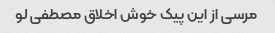
مرسی از این پیک خوش اخلاق مصطفی لو